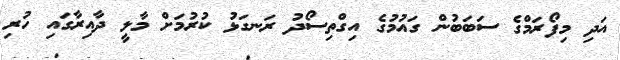
އަދި މިފޯރަމްގެ ސަބަބުން ގައުމުގެ އިގްތިސޯދު ރަނގަޅު ކުރުމަށް މާލީ ދާއިރާގައި ހުރި